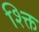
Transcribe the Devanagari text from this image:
श्क्ति